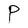
Character: P